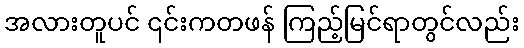
အလားတူပင် ၎င်းကတဖန် ကြည့်မြင်ရာတွင်လည်း